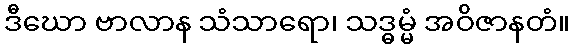
ဒီဃော ဗာလာန သံသာရော၊ သဒ္ဓမ္မံ အဝိဇာနတံ။